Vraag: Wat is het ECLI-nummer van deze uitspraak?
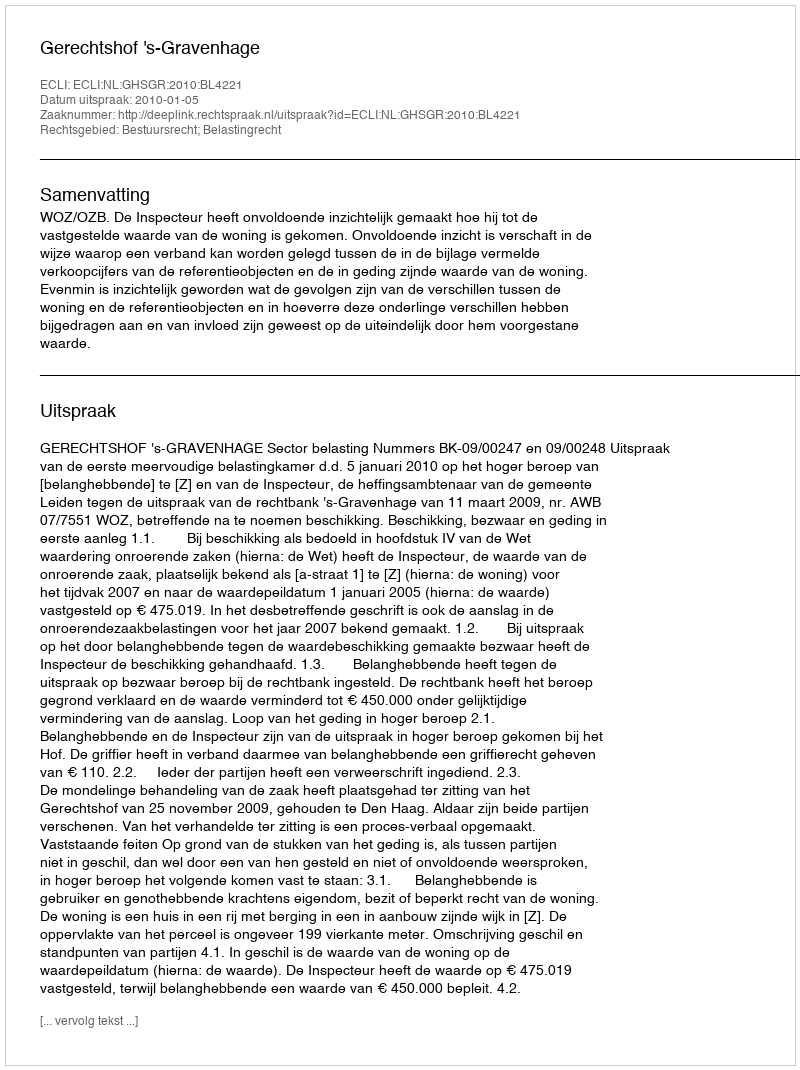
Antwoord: ECLI:NL:GHSGR:2010:BL4221